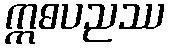
ဣဓပညဿ